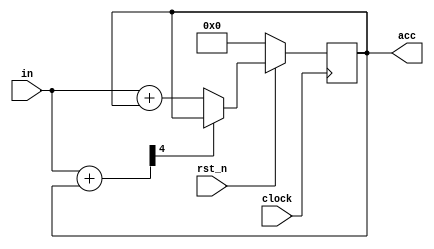
module acc2max (
  input rst_n, clock,
  input [1:0] in,
  output reg [3:0] acc
);

  wire [4:0] inpacc;
  wire gt15;

  assign inpacc = in + acc;
  assign gt15   = inpacc[4];

  always @( posedge clock ) begin
    if( !rst_n ) begin
      acc <= 0;
    end

    else begin
      if( gt15 ) begin
        acc <= acc;
      end

      else begin
        acc <= in + acc;
      end
    end
  end

endmodule